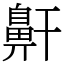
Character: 鼾